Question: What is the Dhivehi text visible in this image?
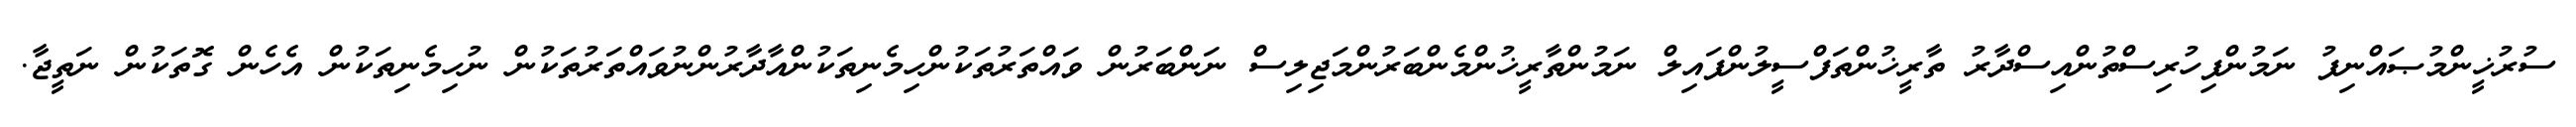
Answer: ސުރުޚީންމުޞައްނިފު ނަމުންފިހުރިސްތުންއިސްދާރު ތާރީޚުންތަފްސީލުންފައިލް ނަމުންތާރީޚުންމެންބަރުންމަޖިލިސް ނަންބަރުން ވައްތަރުތަކުންހިމެނިތަކުންއާދާރުންނުވައްތަރުތަކުން ނުހިމެނިތަކުން އެހެން ގޮތަކުން ނަތީޖާ.